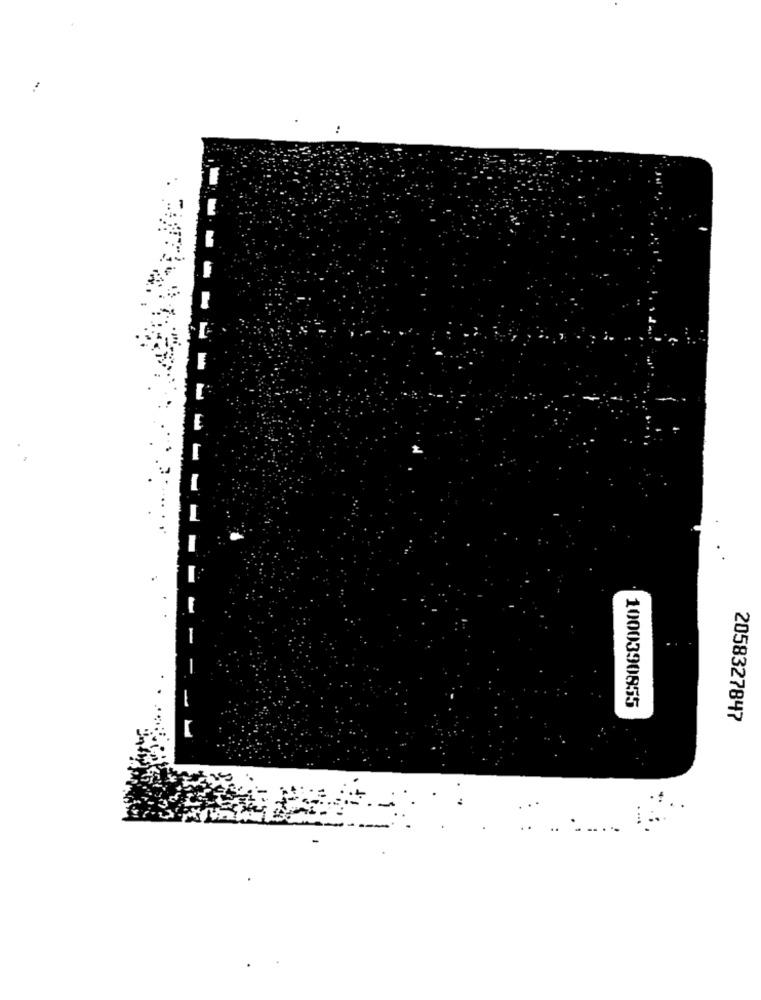
:
----
------
1000390855
2058327847